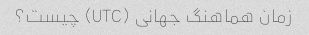
زمان هماهنگ جهانی (UTC) چیست؟